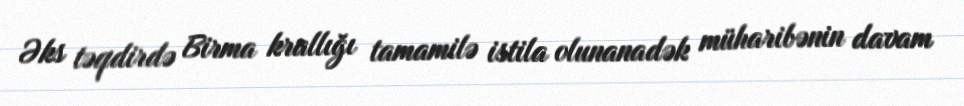
Əks təqdirdə Birma krallığı tamamilə istila olunanadək müharibənin davam